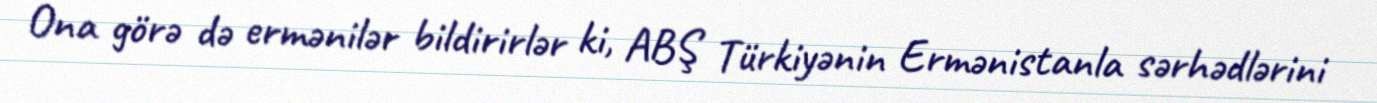
Ona görə də ermənilər bildirirlər ki, ABŞ Türkiyənin Ermənistanla sərhədlərini